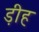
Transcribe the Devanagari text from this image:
ड़ीह